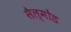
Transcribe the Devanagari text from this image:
सैल्मोंड